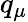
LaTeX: q_{\mu}